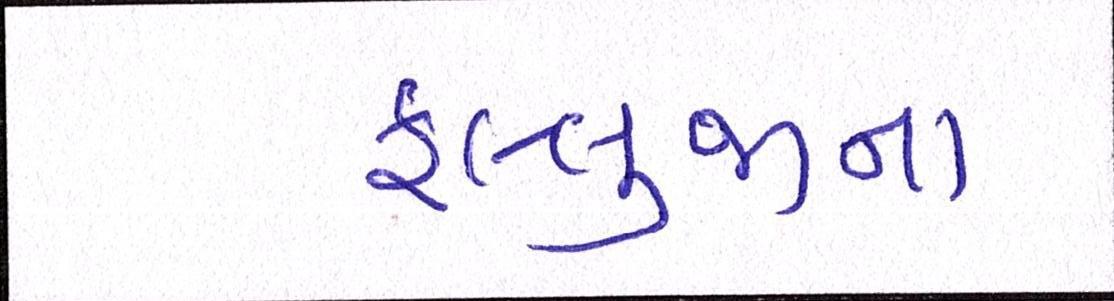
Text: ફલ્લુજાના